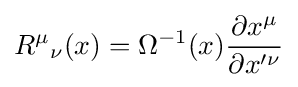
{R^{\mu }}_{\nu }(x)=\Omega ^{-1}(x){\frac {\partial x^{\mu }}{\partial x'^{\nu }}}